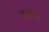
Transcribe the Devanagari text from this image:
राजनि